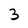
Character: 3